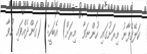
ކަލޭގެފާނު މިރަށުގައި ހުންނަވާ  މިރަށް) އެބަހީ:  (ގަންދެއްވައި ހުވާ